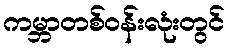
ကမ္ဘာတစ်ဝန်းလုံးတွင်